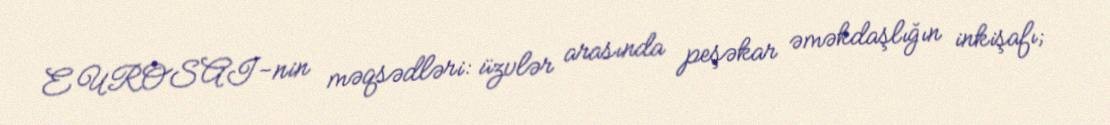
EUROSAI-nin məqsədləri: üzvlər arasında peşəkar əməkdaşlığın inkişafı;